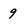
Character: 9